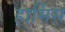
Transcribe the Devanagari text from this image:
हार्मिस